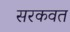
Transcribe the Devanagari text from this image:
सरकवत